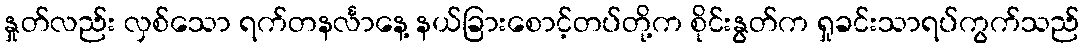
နှုတ်လည်း လှစ်သော ရက်တနင်္လာနေ့ နယ်ခြားစောင့်တပ်တို့က စိုင်းနွတ်က ရှုခင်းသာရပ်ကွက်သည်